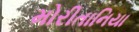
મોરીતાનિયા